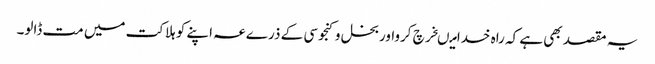
یہ مقصد بھی ہے کہ راہ خدامیںخرچ کرواوربخل وکنجوسی کے ذرےعہ اپنے کو ہلاکت میں مت ڈالو۔